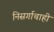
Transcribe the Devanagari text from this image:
निसर्गाचाही